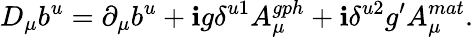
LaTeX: D_{\mu}b^{u}=\partial_{\mu}b^{u}+\mathbf{i}g\delta^{u1}A_{\mu}^{gph}+\mathbf{i}\delta^{u2}g^{\prime}A_{\mu}^{mat}.